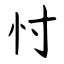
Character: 忖